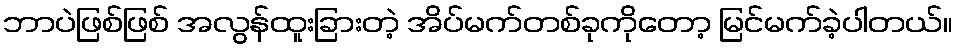
ဘာပဲဖြစ်ဖြစ် အလွန်ထူးခြားတဲ့ အိပ်မက်တစ်ခုကိုတော့ မြင်မက်ခဲ့ပါတယ်။